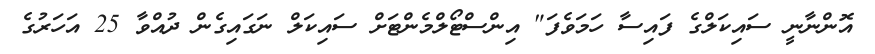
އޮންނާނީ ސައިކަލްގެ ފައިސާ ހަމަވެފަ" އިންސްޓޯލްމެންޓަށް ސައިކަލް ނަގައިގެން ދުއްވާ 25 އަހަރުގެ